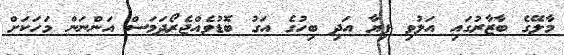
މާލޭގެ ބާޒާރުގައި އަލުވި ފިޔާ އަދި ބިހުގެ އަގު ބޮޑުވެއްޖެރޯދަމަސް އަންނަން މަހަކަށް